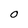
Character: O